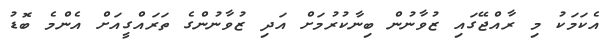
އެކަމަކު މި ރާއްޖޭގައި ޒުވާނުން ބިނާކުރުމަށް އަދި ޒުވާނުންގެ ތަރައްގީއަށް އެންމެ ބޮޑު